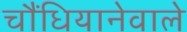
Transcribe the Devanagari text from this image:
चौंधियानेवाले